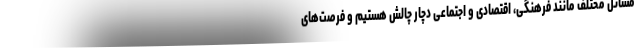
مسائل مختلف مانند فرهنگی، اقتصادی و اجتماعی دچار چالش هستیم و فرصت‌های